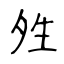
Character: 夝